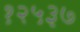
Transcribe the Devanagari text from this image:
१२५३७